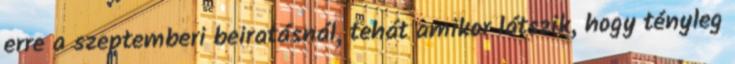
erre a szeptemberi beiratásnál, tehát amikor látszik, hogy tényleg